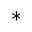
^ *